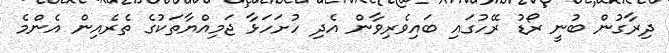
ދިރާގުން ބުނީ ރޯޑު ރޭހުގައި ބައިވެރިވާން އެދި ހުށަހަޅާ ޖަމިއްޔާތަކުގެ ތެރެއިން އެންމެ